Vaccination in Bombay 1874-1876 - 1874-1876
Year: 1874
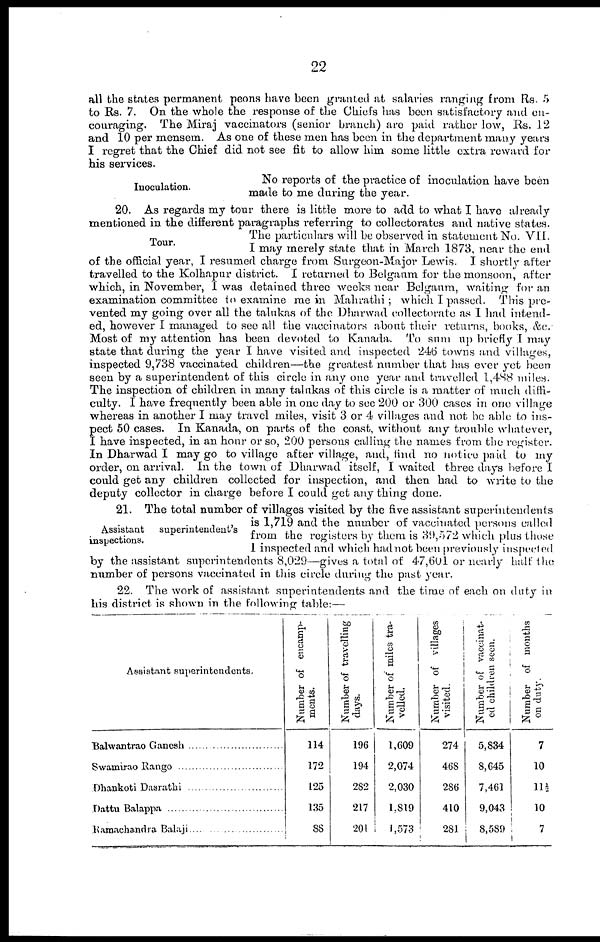
22
all the states permanent peons have been granted at salaries ranging from Rs. 5
to Rs. 7. On the whole the response of the Chiefs has been satisfactory and en-
couraging. The Miraj vaccinators (senior branch) are paid rather low, Rs. 12
and 10 per mensem. As one of these men has been in the department many years
I regret that the Chief did not see fit to allow him some little extra reward for
his services.
Inoculation.
No reports of the practice of inoculation have been
made to me during the year.
Tour.
20. As regards my tour there is little more to add to what I have already
mentioned in the different paragraphs referring to collectorates and native states.
The particulars will be observed in statement No. VII.
I may merely state that in March 1873, near the end
of the official year, I resumed charge from Surgeon-Major Lewis. I shortly after
travelled to the Kolhapur district. I returned to Belgaum for the monsoon, after
which, in November, I was detained three weeks near Belgaum, waiting for an
examination committee to examine me in Mahrathi ; which I passed. This pre-
vented my going over all the talukas of the Dharwad collectorate as I had intend-
ed, however I managed to see all the vaccinators about their returns, books, &c.
Most of my attention has been devoted to Kanada. To sum up briefly I may
state that during the year I have visited and inspected 246 towns and villages,
inspected 9,738 vaccinated children—the greatest number that has ever yet been
seen by a superintendent of this circle in any one year and travelled 1,488 miles.
The inspection of children in many talukas of this circle is a matter of much diffi¬
culty. I have frequently been able in one day to see 200 or 300 cases in one village
whereas in another I may travel miles, visit 3 or 4 villages and not be able to ins-
p ect 50 cases. In Kanada, on parts of the coast, without any trouble whatever,
have inspected, in an hour or so, 200 persons calling the names from the register.
In Dharwad I may go to village after village, and, find no notice paid to my
order, on arrival. In the town of Dharwad itself, I waited three days before I
could get any children collected for inspection, and then had to write to the
deputy collector in charge before I could get any thing done.
Assistant superintendent's
inspections.
21. The total number of villages visited by the five assistant superintendents
is 1,719 and the number of vaccinated persons called
from the registers by them is 39,572 which plus those
I inspected and which had not been previously inspected
by the assistant superintendents 8,029—gives a total of 47,601 or nearly half the
number of persons vaccinated in this circle during the past year.
22. The work of assistant superintendents and the time of each on duty in
his district is shown in the following table:—
Assistant superintendents.
Balwantrao Ganesh
Swamirao Rango
Dhankoti Dasrathi
Dattu Balappa
Kamachandra Balaji
Number of encamp-
ments.
114
172
125
135
88
Number of travelling
days.
196
194
282
217
201
Number of miles tra¬
velled.
1,609
2,074
2,030
l,819
1,573
Number of villages
visited.
274
468
286
410
281
Number of vaccinat-
ed children seen.
5,834
8,645
7,461
9,043
8,589
Number of months
on duty.
7
10
11 ½
10
7